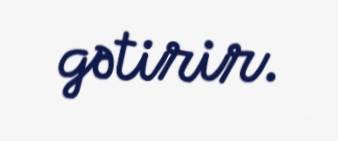
gətirir.